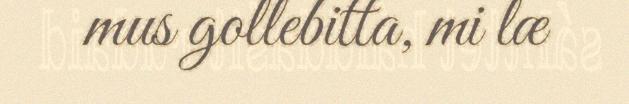
mus gollebitta, mi læ